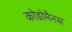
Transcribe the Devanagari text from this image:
कोडोमैनस